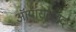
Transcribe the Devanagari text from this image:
ऑयॉराइज़द